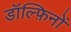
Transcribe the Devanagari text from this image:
डॉल्फ़िनों